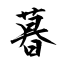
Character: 暮